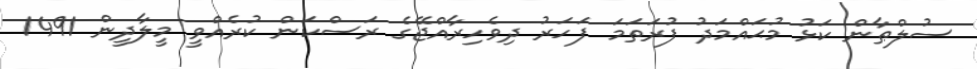
ސުލްޠާން ކަޅު މުޙައްމަދު ފުރަތަމަ ފަހަރު ދިވެހިރާއްޖޭގެ ރަސްކަން ކުރެއްވީ މީލާދީން 1491